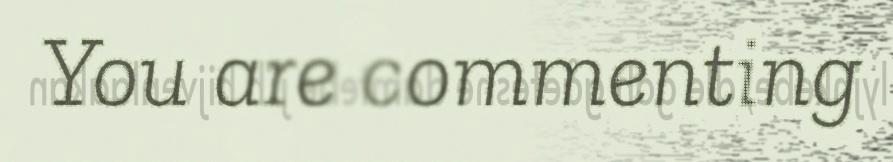
You are commenting